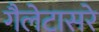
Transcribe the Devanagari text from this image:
गैलेटासरे